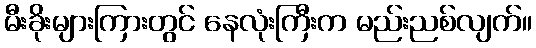
မီးခိုးများကြားတွင် နေလုံးကြီးက မည်းညစ်လျက်။